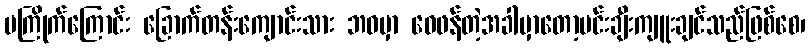
မကြိုက်ကြောင်း ခြောက်တန်းကျောင်းသား ဘဝမှာ ဝေဖန်တဲ့အခါမှာတော့မင်းချီးကျူးချင်သည်ဖြစ်စေ၊